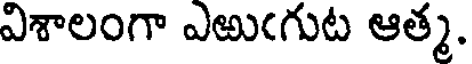
విశాలంగా ఎఱుఁగుట ఆత్మ.